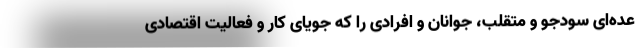
عده‌ای سودجو و متقلب، جوانان و افرادی را که جویای کار و فعالیت اقتصادی